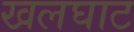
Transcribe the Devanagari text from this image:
खलघाट